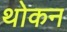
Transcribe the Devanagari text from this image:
थोकन